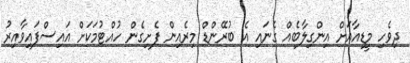
ދިވެހި މީޑިއާއަށް އިންގިލާބެއް ގެނައި އެ ބުރޭންޑް މިރެއިން ފެށިގެން ހުއްޓުމަކަށް އައިސްފައިވާއިރު